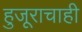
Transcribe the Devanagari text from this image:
हुजूराचाही